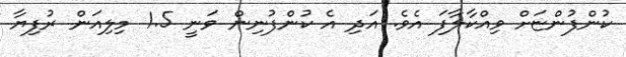
ކުންފުންޏަށް ވިއްކާލާފަ އެވެ. އަދި އެ ކުންފުނިން ވަނީ 1.5 މިލިއަން ރުފިޔާ